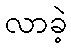
လာခဲ့